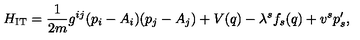
H _ { \mathrm { I T } } = \frac { 1 } { 2 m } g ^ { i j } ( p _ { i } - A _ { i } ) ( p _ { j } - A _ { j } ) + V ( q ) - \lambda ^ { s } f _ { s } ( q ) + v ^ { s } p _ { s } ^ { \prime } ,